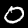
Digit: 0